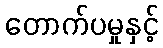
တောက်ပမှုနှင့်